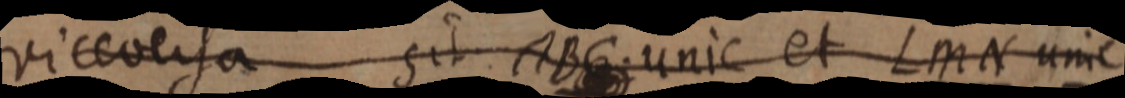
viceversa sit ABC unic et LMN unic